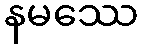
နမဿေ